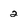
Character: 2